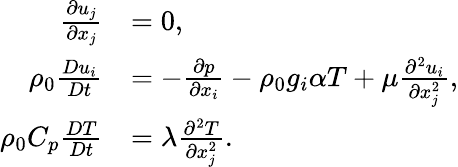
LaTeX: \begin{array}{rl}{\frac{\partial u_{j}}{\partial x_{j}}}&{=0,}\\ {\rho_{0}\frac{Du_{i}}{Dt}}&{=-\frac{\partial p}{\partial x_{i}}-\rho_{0}g_{i}\alpha T+\mu\frac{\partial^{2}u_{i}}{\partial x_{j}^{2}},}\\ {\rho_{0}C_{p}\frac{DT}{Dt}}&{=\lambda\frac{\partial^{2}T}{\partial x_{j}^{2}}.}\end{array}